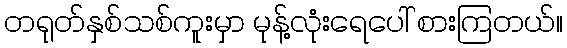
တရုတ်နှစ်သစ်ကူးမှာ မုန့်လုံးရေပေါ် စားကြတယ်။